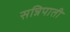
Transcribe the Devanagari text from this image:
सन्निपाती